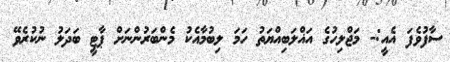
ސާފުވެފަ އެއީ:- މަޖްލިހުގެ އަޣްލަބިއްޔަތު ހަމަ ލިބުމާއެކު މެންބަރުންނަށް ޕާޓީ ބަދަލު ނުކުރެވޭ